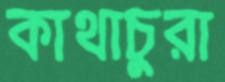
কাথাচুরা